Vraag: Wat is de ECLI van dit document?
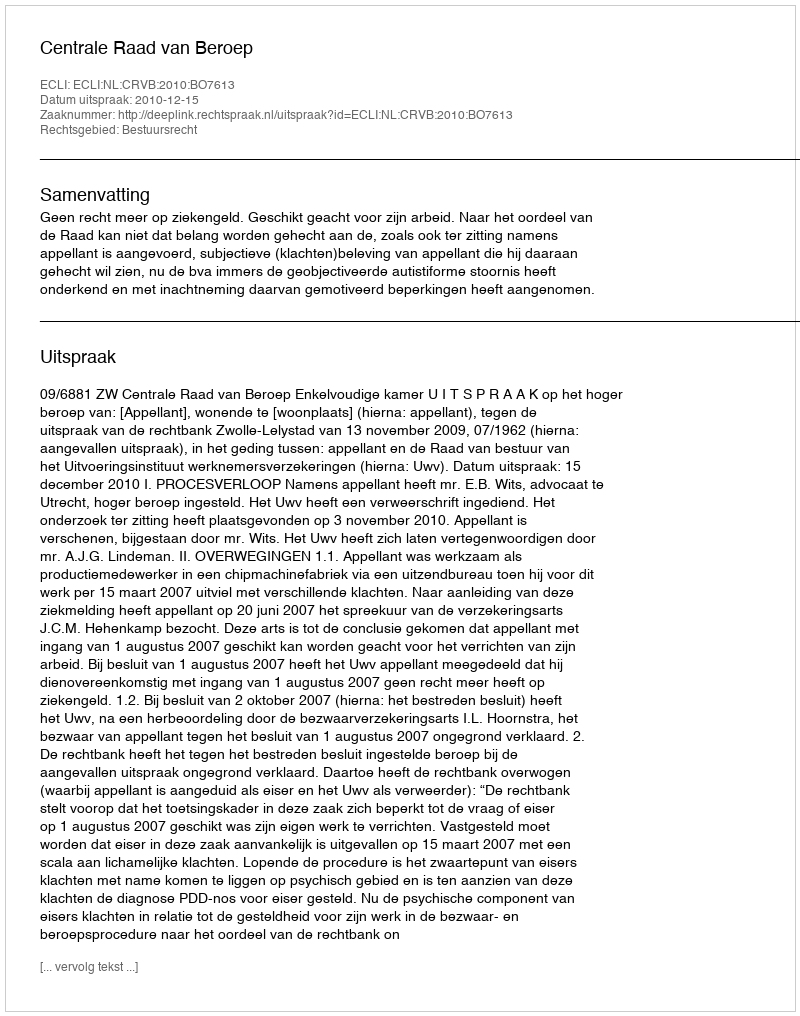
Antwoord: ECLI:NL:CRVB:2010:BO7613